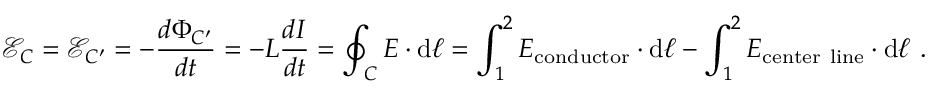
{ \mathcal { E } } _ { C } = { \mathcal { E } } _ { C ^ { \prime } } = - { \frac { d \Phi _ { C ^ { \prime } } } { d t } } = - L { \frac { d I } { d t } } = \oint _ { C } { \boldsymbol { E } } \cdot \mathrm { d } { \boldsymbol { \ell } } = \int _ { 1 } ^ { 2 } { \boldsymbol { E } } _ { \mathrm { c o n d u c t o r } } \cdot \mathrm { d } { \boldsymbol { \ell } } - \int _ { 1 } ^ { 2 } { \boldsymbol { E } } _ { \mathrm { c e n t e r \ l i n e } } \cdot \mathrm { d } { \boldsymbol { \ell } } \ .